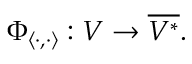
\Phi _ { \langle \cdot , \cdot \rangle } : V \to { \overline { { V ^ { * } } } } .